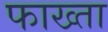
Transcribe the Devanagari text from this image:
फाख्‍ता